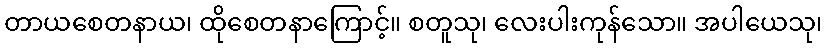
တာယစေတနာယ၊ ထိုစေတနာကြောင့်။ စတူသု၊ လေးပါးကုန်သော။ အပါယေသု၊